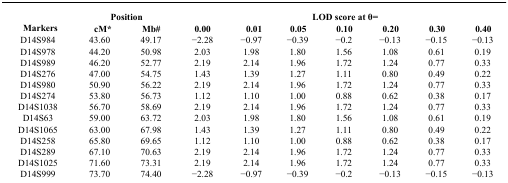
<table><thead><tr><td rowspan="2"><b>Markers</b></td><td colspan="2"><b>Position</b></td><td colspan="7"><b>LOD score at θ=</b></td></tr><tr><td><b>cM*</b></td><td><b>Mb#</b></td><td><b>0.00</b></td><td><b>0.01</b></td><td><b>0.05</b></td><td><b>0.10</b></td><td><b>0.20</b></td><td><b>0.30</b></td><td><b>0.40</b></td></tr></thead><tbody><tr><td>D14S984</td><td>43.60</td><td>49.17</td><td>−2.28</td><td>−0.97</td><td>−0.39</td><td>−0.2</td><td>−0.13</td><td>−0.15</td><td>−0.13</td></tr><tr><td>D14S978</td><td>44.20</td><td>50.98</td><td>2.03</td><td>1.98</td><td>1.80</td><td>1.56</td><td>1.08</td><td>0.61</td><td>0.19</td></tr><tr><td>D14S989</td><td>46.20</td><td>52.77</td><td>2.19</td><td>2.14</td><td>1.96</td><td>1.72</td><td>1.24</td><td>0.77</td><td>0.33</td></tr><tr><td>D14S276</td><td>47.00</td><td>54.75</td><td>1.43</td><td>1.39</td><td>1.27</td><td>1.11</td><td>0.80</td><td>0.49</td><td>0.22</td></tr><tr><td>D14S980</td><td>50.90</td><td>56.22</td><td>2.19</td><td>2.14</td><td>1.96</td><td>1.72</td><td>1.24</td><td>0.77</td><td>0.33</td></tr><tr><td>D14S274</td><td>53.80</td><td>56.73</td><td>1.12</td><td>1.10</td><td>1.00</td><td>0.88</td><td>0.62</td><td>0.38</td><td>0.17</td></tr><tr><td>D14S1038</td><td>56.70</td><td>58.69</td><td>2.19</td><td>2.14</td><td>1.96</td><td>1.72</td><td>1.24</td><td>0.77</td><td>0.33</td></tr><tr><td>D14S63</td><td>59.00</td><td>63.72</td><td>2.03</td><td>1.98</td><td>1.80</td><td>1.56</td><td>1.08</td><td>0.61</td><td>0.19</td></tr><tr><td>D14S1065</td><td>63.00</td><td>67.98</td><td>1.43</td><td>1.39</td><td>1.27</td><td>1.11</td><td>0.80</td><td>0.49</td><td>0.22</td></tr><tr><td>D14S258</td><td>65.80</td><td>69.65</td><td>1.12</td><td>1.10</td><td>1.00</td><td>0.88</td><td>0.62</td><td>0.38</td><td>0.17</td></tr><tr><td>D14S289</td><td>67.10</td><td>70.63</td><td>2.19</td><td>2.14</td><td>1.96</td><td>1.72</td><td>1.24</td><td>0.77</td><td>0.33</td></tr><tr><td>D14S1025</td><td>71.60</td><td>73.31</td><td>2.19</td><td>2.14</td><td>1.96</td><td>1.72</td><td>1.24</td><td>0.77</td><td>0.33</td></tr><tr><td>D14S999</td><td>73.70</td><td>74.40</td><td>−2.28</td><td>−0.97</td><td>−0.39</td><td>−0.2</td><td>−0.13</td><td>−0.15</td><td>−0.13</td></tr></tbody></table>